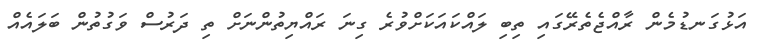
އަޅުގަނޑުމެން ރާއްޖެތެރޭގައި ތިބި ލައްކައަކަށްވުރެ ގިނަ ރައްޔިތުންނަށް ތި ދަރުސް ވަގުތުން ބަލައެއް